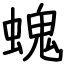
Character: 螝